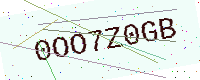
Text: 0OO7Z0GB